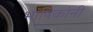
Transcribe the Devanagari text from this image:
भाषिकांनी